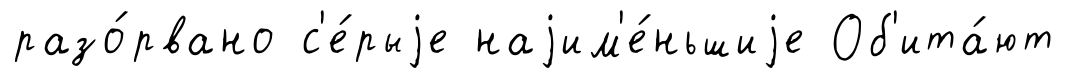
разо́рвано с'е́рыjе наjим'е́ньшиjе Об'ита́ют